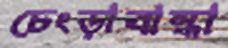
চেংড়াবান্ধা